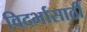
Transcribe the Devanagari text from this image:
विदर्भासाठी